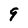
Character: q